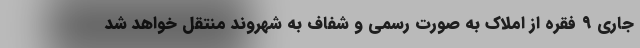
جاری ۹ فقره از املاک به صورت رسمی و شفاف به شهروند منتقل خواهد شد